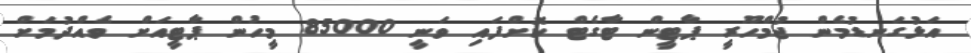
އަޅުގަނޑުމެން ޖުމްހޫރީ ޕާޓީން ޓާގެޓް ކޮށްފައި ވަނީ 85000 މީހުން ޕާޓީއަށް ވެއްދުމަށް